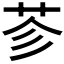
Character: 𦭏